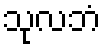
သုလဘံ